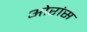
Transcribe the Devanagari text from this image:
ओरांंस